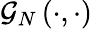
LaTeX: \mathcal{G}_{N}\left(\cdot,\cdot\right)